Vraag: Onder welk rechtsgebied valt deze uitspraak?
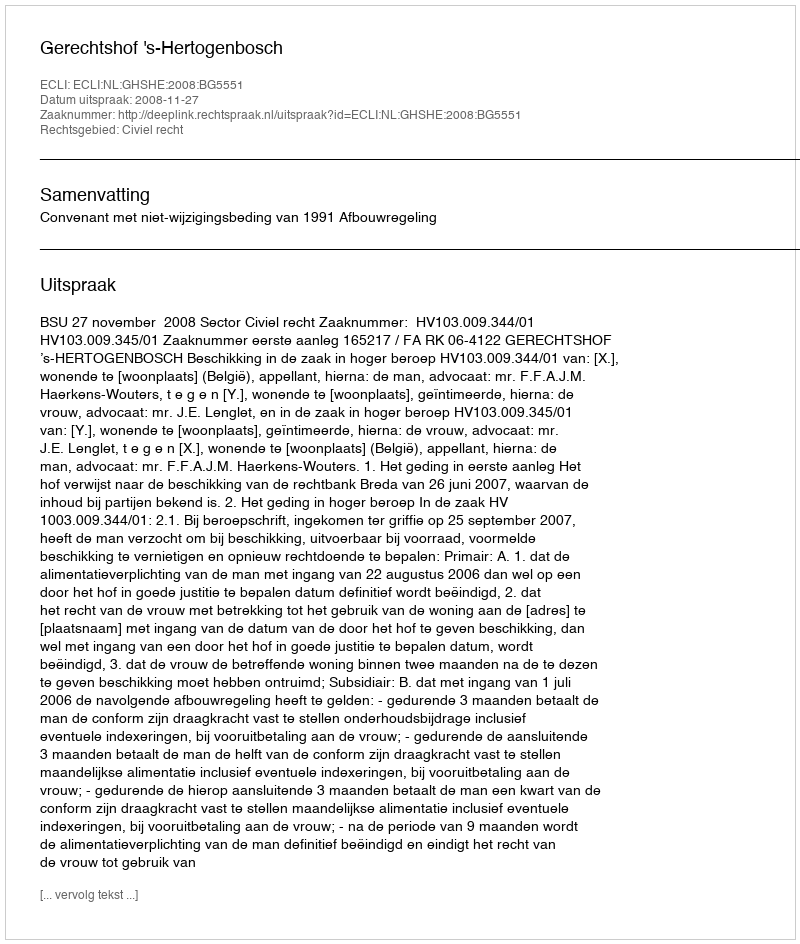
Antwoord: Civiel recht